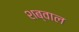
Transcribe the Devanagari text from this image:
शब्वाल